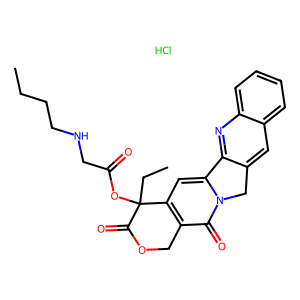
SMILES: CCCCNCC(=O)OC1(CC)C(=O)OCc2c1cc1n(c2=O)Cc2cc3ccccc3nc2-1.Cl
Inhibits HIV replication: No